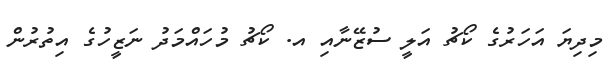
މިދިޔަ އަހަރުގެ ކޯޗު އަލީ ސުޒޭނާއި އ. ކޯޗު މުހައްމަދު ނަޒީހުގެ އިތުރުން